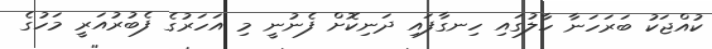
ކުއްޖަކު ބަރަހަނާ ހާލުގައި ހިނގާފައި ދަނިކޮށް ފެނުނީ މި އަހަރުގެ ފެބުރުއަރީ މަހުގެ